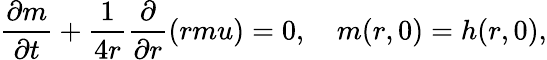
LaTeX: \frac{\partial m}{\partial t}+\frac{1}{4r}\frac{\partial}{\partial r}\left(rmu\right)=0,\quad m(r,0)=h(r,0),